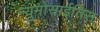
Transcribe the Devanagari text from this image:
न्युमोसाईतिस